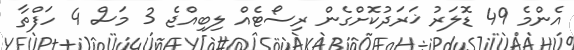
އެންމެ 49 ޑޮލަރު ޚަރަދުކޮށްގެން ރިސޯޓެއް ލިބިއްޖެ 3 މަސް 4 ހަފްތާ